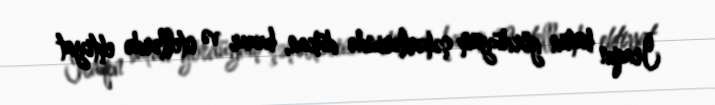
İraqın bütün gördüyüm şəhərlərində dükan, bazar və otellərdə ehtiyat